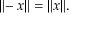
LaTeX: \| \! - x \| = \| x \| .